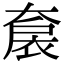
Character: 𡙤